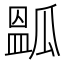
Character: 㼔